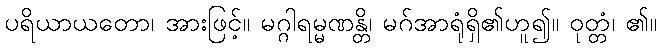
ပရိယာယတော၊ အားဖြင့်။ မဂ္ဂါရမ္မဏန္တိ၊ မဂ်အာရုံရှိ၏ဟူ၍။ ဝုတ္တံ၊ ၏။